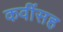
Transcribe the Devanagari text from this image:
कवींसह